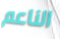
الناعم